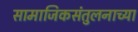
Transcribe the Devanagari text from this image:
सामाजिकसंतुलनाच्या